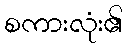
စကားလုံး၏